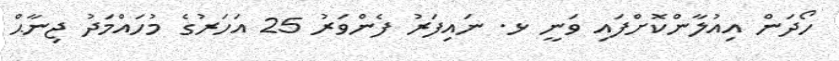
ހޯދަން އިއުލާންކޮށްފައި ވަނީ ޅ. ނައިފަރު ފެންވަރު 25 އަހަރުގެ މުހައްމަދު ޖިނާޙް